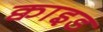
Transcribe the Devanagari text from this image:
क्वाइड